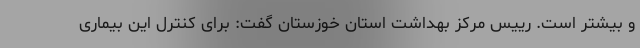
و بیشتر است. رییس مرکز بهداشت استان خوزستان گفت: برای کنترل این بیماری